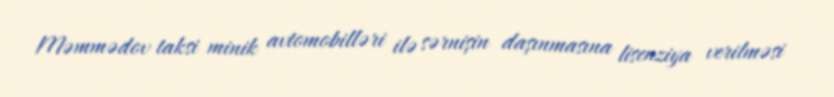
Məmmədov taksi minik avtomobilləri ilə sərnişin daşınmasına lisenziya verilməsi